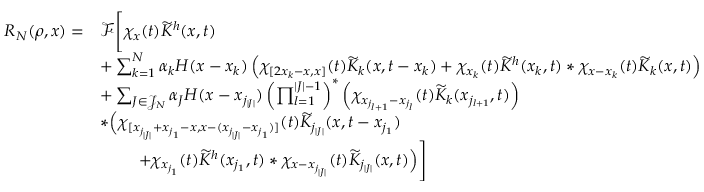
\begin{array} { r l } { R _ { N } ( \rho , x ) = } & { \mathcal { F } \Bigg [ \chi _ { x } ( t ) \widetilde { K } ^ { h } ( x , t ) } \\ & { + \sum _ { k = 1 } ^ { N } \alpha _ { k } H ( x - x _ { k } ) \left( \chi _ { [ 2 x _ { k } - x , x ] } ( t ) \widetilde { K } _ { k } ( x , t - x _ { k } ) + \chi _ { x _ { k } } ( t ) \widetilde { K } ^ { h } ( x _ { k } , t ) \ast \chi _ { x - x _ { k } } ( t ) \widetilde { K } _ { k } ( x , t ) \right) } \\ & { + \sum _ { J \in \mathcal { J } _ { N } } \alpha _ { J } H ( x - x _ { j _ { | J | } } ) \left( \prod _ { l = 1 } ^ { | J | - 1 } \right) ^ { \ast } \left( \chi _ { x _ { j _ { l + 1 } } - x _ { j _ { l } } } ( t ) \widetilde { K } _ { k } ( x _ { j _ { l + 1 } } , t ) \right) } \\ & { \ast \Big ( \chi _ { [ x _ { j _ { | J | } } + x _ { j _ { 1 } } - x , x - ( x _ { j _ { | J | } } - x _ { j _ { 1 } } ) ] } ( t ) \widetilde { K } _ { j _ { | J | } } ( x , t - x _ { j _ { 1 } } ) } \\ & { \qquad \; + \chi _ { x _ { j _ { 1 } } } ( t ) \widetilde { K } ^ { h } ( x _ { j _ { 1 } } , t ) \ast \chi _ { x - x _ { j _ { | J | } } } ( t ) \widetilde { K } _ { j _ { | J | } } ( x , t ) \Big ) \Bigg ] } \end{array}